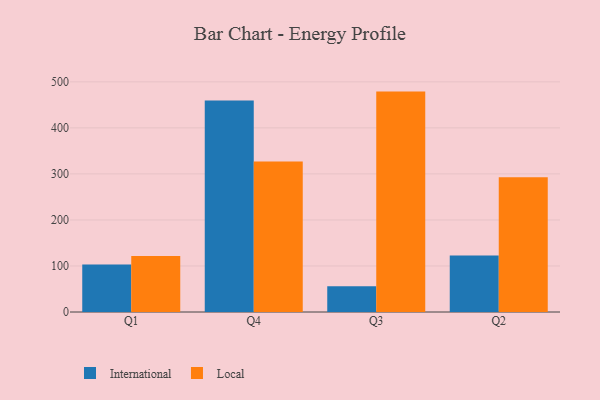
{"axis": {"x": "Quarter", "y": "Website Visitors"}, "legend": ["International", "Local"], "data": [{"x": "Q1", "y": 103.0, "type": "International"}, {"x": "Q1", "y": 121.6, "type": "Local"}, {"x": "Q4", "y": 459.7, "type": "International"}, {"x": "Q4", "y": 326.8, "type": "Local"}, {"x": "Q3", "y": 56.0, "type": "International"}, {"x": "Q3", "y": 478.8, "type": "Local"}, {"x": "Q2", "y": 122.5, "type": "International"}, {"x": "Q2", "y": 292.8, "type": "Local"}]}